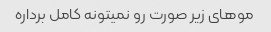
موهای زیر صورت رو نمیتونه کامل برداره